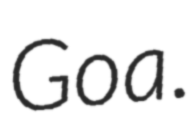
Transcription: Goa.